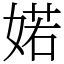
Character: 婼